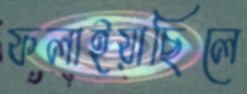
ফলাইয়াছিলে